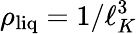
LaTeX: \rho_{\mathrm{liq}}=1/\ell_{K}^{3}